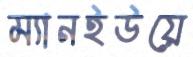
ম্যানইউয়ে